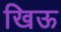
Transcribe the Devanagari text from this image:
खिऊ